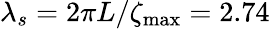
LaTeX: \lambda_{s}=2\pi L/\zeta_{\mathrm{max}}=2.74